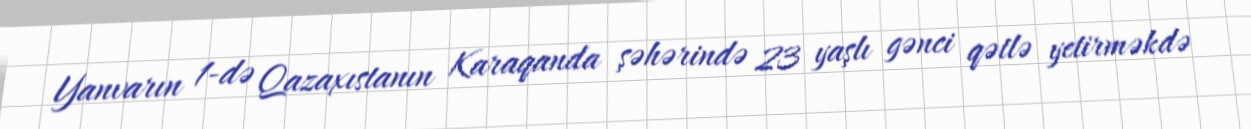
Yanvarın 1-də Qazaxıstanın Karaqanda şəhərində 23 yaşlı gənci qətlə yetirməkdə